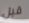
قبل